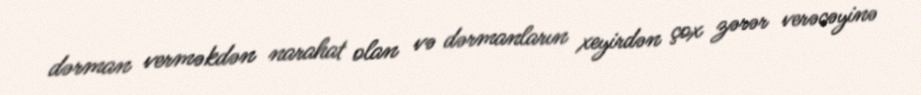
dərman verməkdən narahat olan və dərmanların xeyirdən çox zərər verəcəyinə